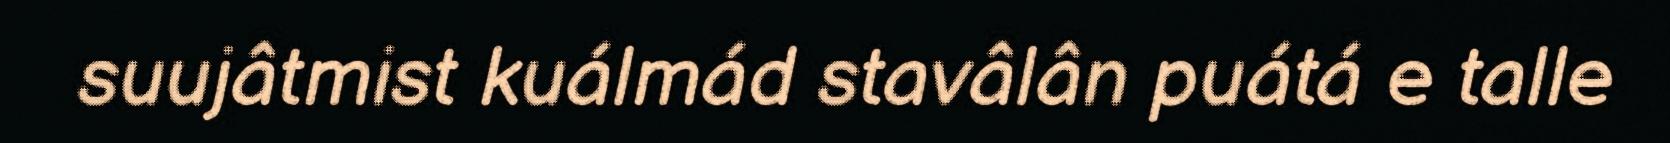
suujâtmist kuálmád stavâlân puátá e talle